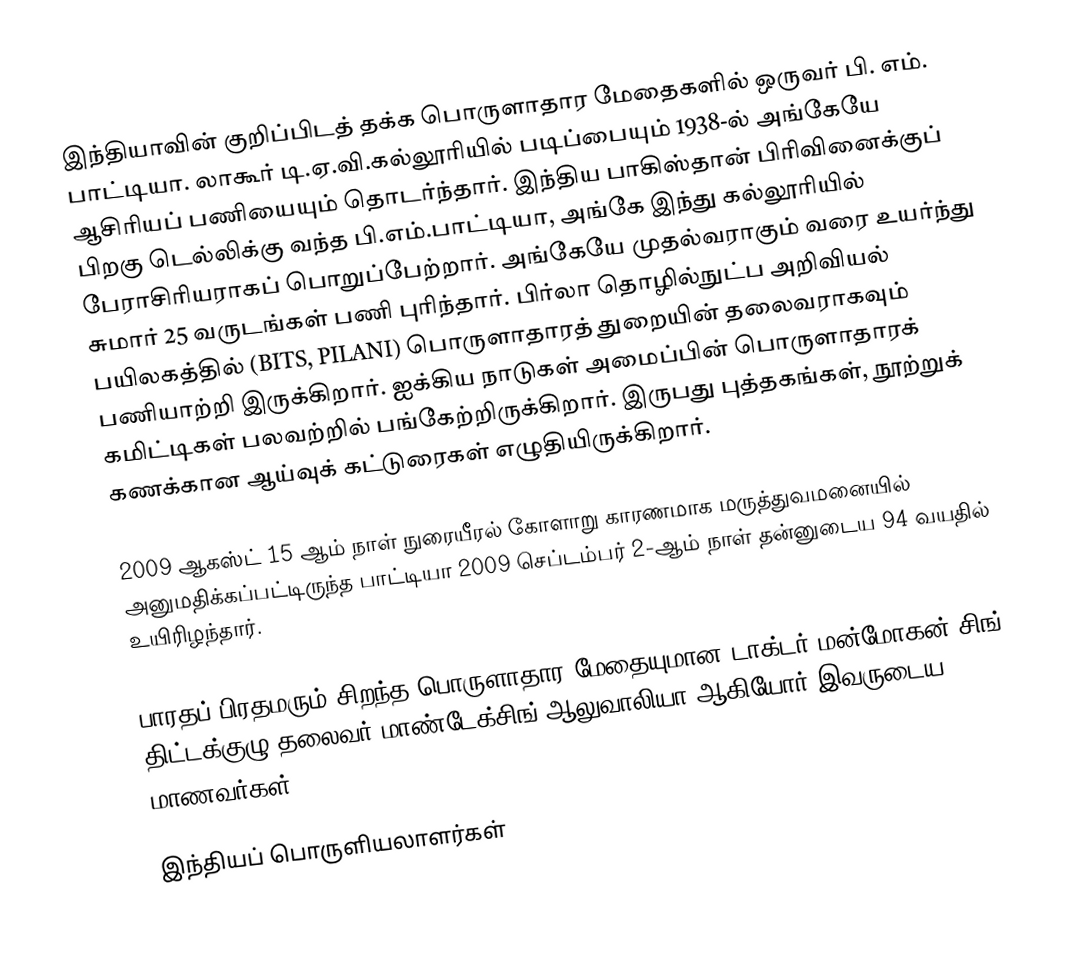
இந்தியாவின் குறிப்பிடத் தக்க பொருளாதார மேதைகளில் ஒருவர் பி. எம். பாட்டியா. லாகூர் டி.ஏ.வி.கல்லூரியில் படிப்பையும் 1938-ல் அங்கேயே ஆசிரியப் பணியையும் தொடர்ந்தார். இந்திய பாகிஸ்தான் பிரிவினைக்குப் பிறகு டெல்லிக்கு வந்த பி.எம்.பாட்டியா, அங்கே இந்து கல்லூரியில் பேராசிரியராகப் பொறுப்பேற்றார். அங்கேயே முதல்வராகும் வரை உயர்ந்து சுமார் 25 வருடங்கள் பணி புரிந்தார். பிர்லா தொழில்நுட்ப அறிவியல் பயிலகத்தில் (BITS, PILANI) பொருளாதாரத் துறையின் தலைவராகவும் பணியாற்றி இருக்கிறார். ஐக்கிய நாடுகள் அமைப்பின் பொருளாதாரக் கமிட்டிகள் பலவற்றில் பங்கேற்றிருக்கிறார். இருபது புத்தகங்கள், நூற்றுக் கணக்கான ஆய்வுக் கட்டுரைகள் எழுதியிருக்கிறார்.

2009 ஆகஸ்ட் 15 ஆம் நாள் நுரையீரல் கோளாறு காரணமாக மருத்துவமனையில் அனுமதிக்கப்பட்டிருந்த பாட்டியா 2009 செப்டம்பர் 2-ஆம் நாள் தன்னுடைய 94 வயதில் உயிரிழந்தார்.

பாரதப் பிரதமரும் சிறந்த பொருளாதார மேதையுமான டாக்டர் மன்மோகன் சிங், திட்டக்குழு தலைவர் மாண்டேக்சிங் ஆலுவாலியா ஆகியோர் இவருடைய மாணவர்கள்.

இந்தியப் பொருளியலாளர்கள்